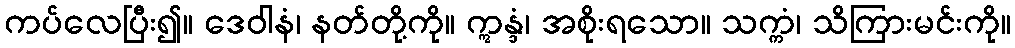
ကပ်လေပြီး၍။ ဒေဝါနံ၊ နတ်တို့ကို။ ဣန္ဒံ၊ အစိုးရသော။ သက္ကံ၊ သိကြားမင်းကို။